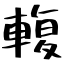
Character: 輹